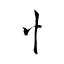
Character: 忄